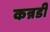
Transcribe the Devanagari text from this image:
कन्नडी